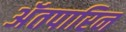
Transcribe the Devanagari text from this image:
अॅतपारिन